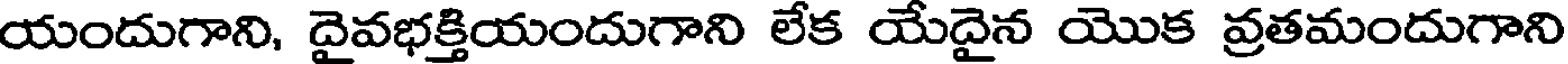
యందుగాని, దైవభక్తియందుగాని లేక యేదైన యొక వ్రతమందుగాని